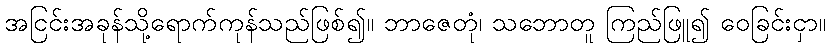
အငြင်းအခုန်သို့ရောက်ကုန်သည်ဖြစ်၍။ ဘာဇေတုံ၊ သဘောတူ ကြည်ဖြူ၍ ဝေခြင်းငှာ။